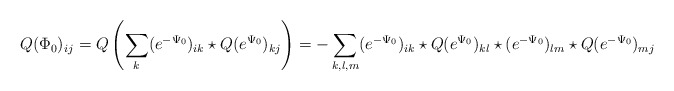
\begin{align*}Q(\Phi_0)_{ij}=Q\left(\sum_k(e^{-\Psi_0})_{ik}\star Q(e^{\Psi_0})_{kj}\right)=-\sum_{k,l,m}(e^{-\Psi_0})_{ik}\star Q(e^{\Psi_0})_{kl}\star (e^{-\Psi_0})_{lm}\star Q(e^{-\Psi_0})_{mj}\end{align*}